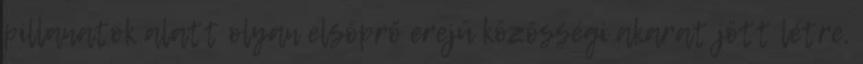
pillanatok alatt olyan elsöprő erejű közösségi akarat jött létre,